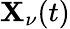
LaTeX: \mathbf{X}_{\nu}(t)